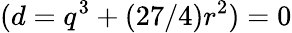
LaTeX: (d=q^{3}+(27/4)r^{2})=0